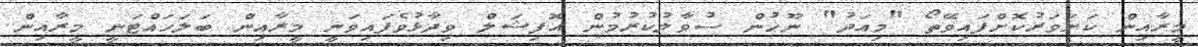
މީރާއިން ކަށަވަރުކޮށްފައިވޭތޯ "މިއަދު" ނޫހުން ސުވާލުކުރުމުން އޮފިޝަލް ވިދާޅުވެފައިވަނީ މީރާއިން ބަލަހައްޓަނީ މީރާއިން